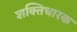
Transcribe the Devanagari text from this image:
शक्तिधारक